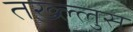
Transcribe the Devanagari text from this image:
तख्ल्लुस